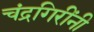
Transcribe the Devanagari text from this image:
चंद्रगिरींनी